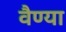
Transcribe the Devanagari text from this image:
वैण्या